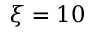
\xi = 1 0